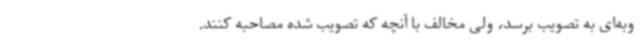
وبه‌ای به تصویب برسد، ولی مخالف با آنچه که تصویب شده مصاحبه کنند.